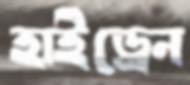
হাইড্রেন